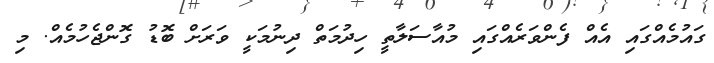
ގައުމެއްގައި އެއް ފެންވަރެއްގައި މުއާސަލާތީ ހިދުމަތް ދިނުމަކީ ވަރަށް ބޮޑު ގޮންޖެހުމެއް. މި